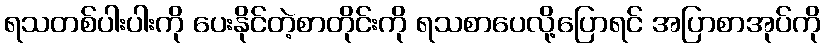
ရသတစ်ပါးပါးကို ပေးနိုင်တဲ့စာတိုင်းကို ရသစာပေလို့ပြောရင် အပြာစာအုပ်ကို